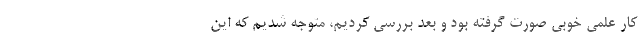
کار علمی خوبی صورت گرفته بود و بعد بررسی کردیم، متوجه شدیم که این